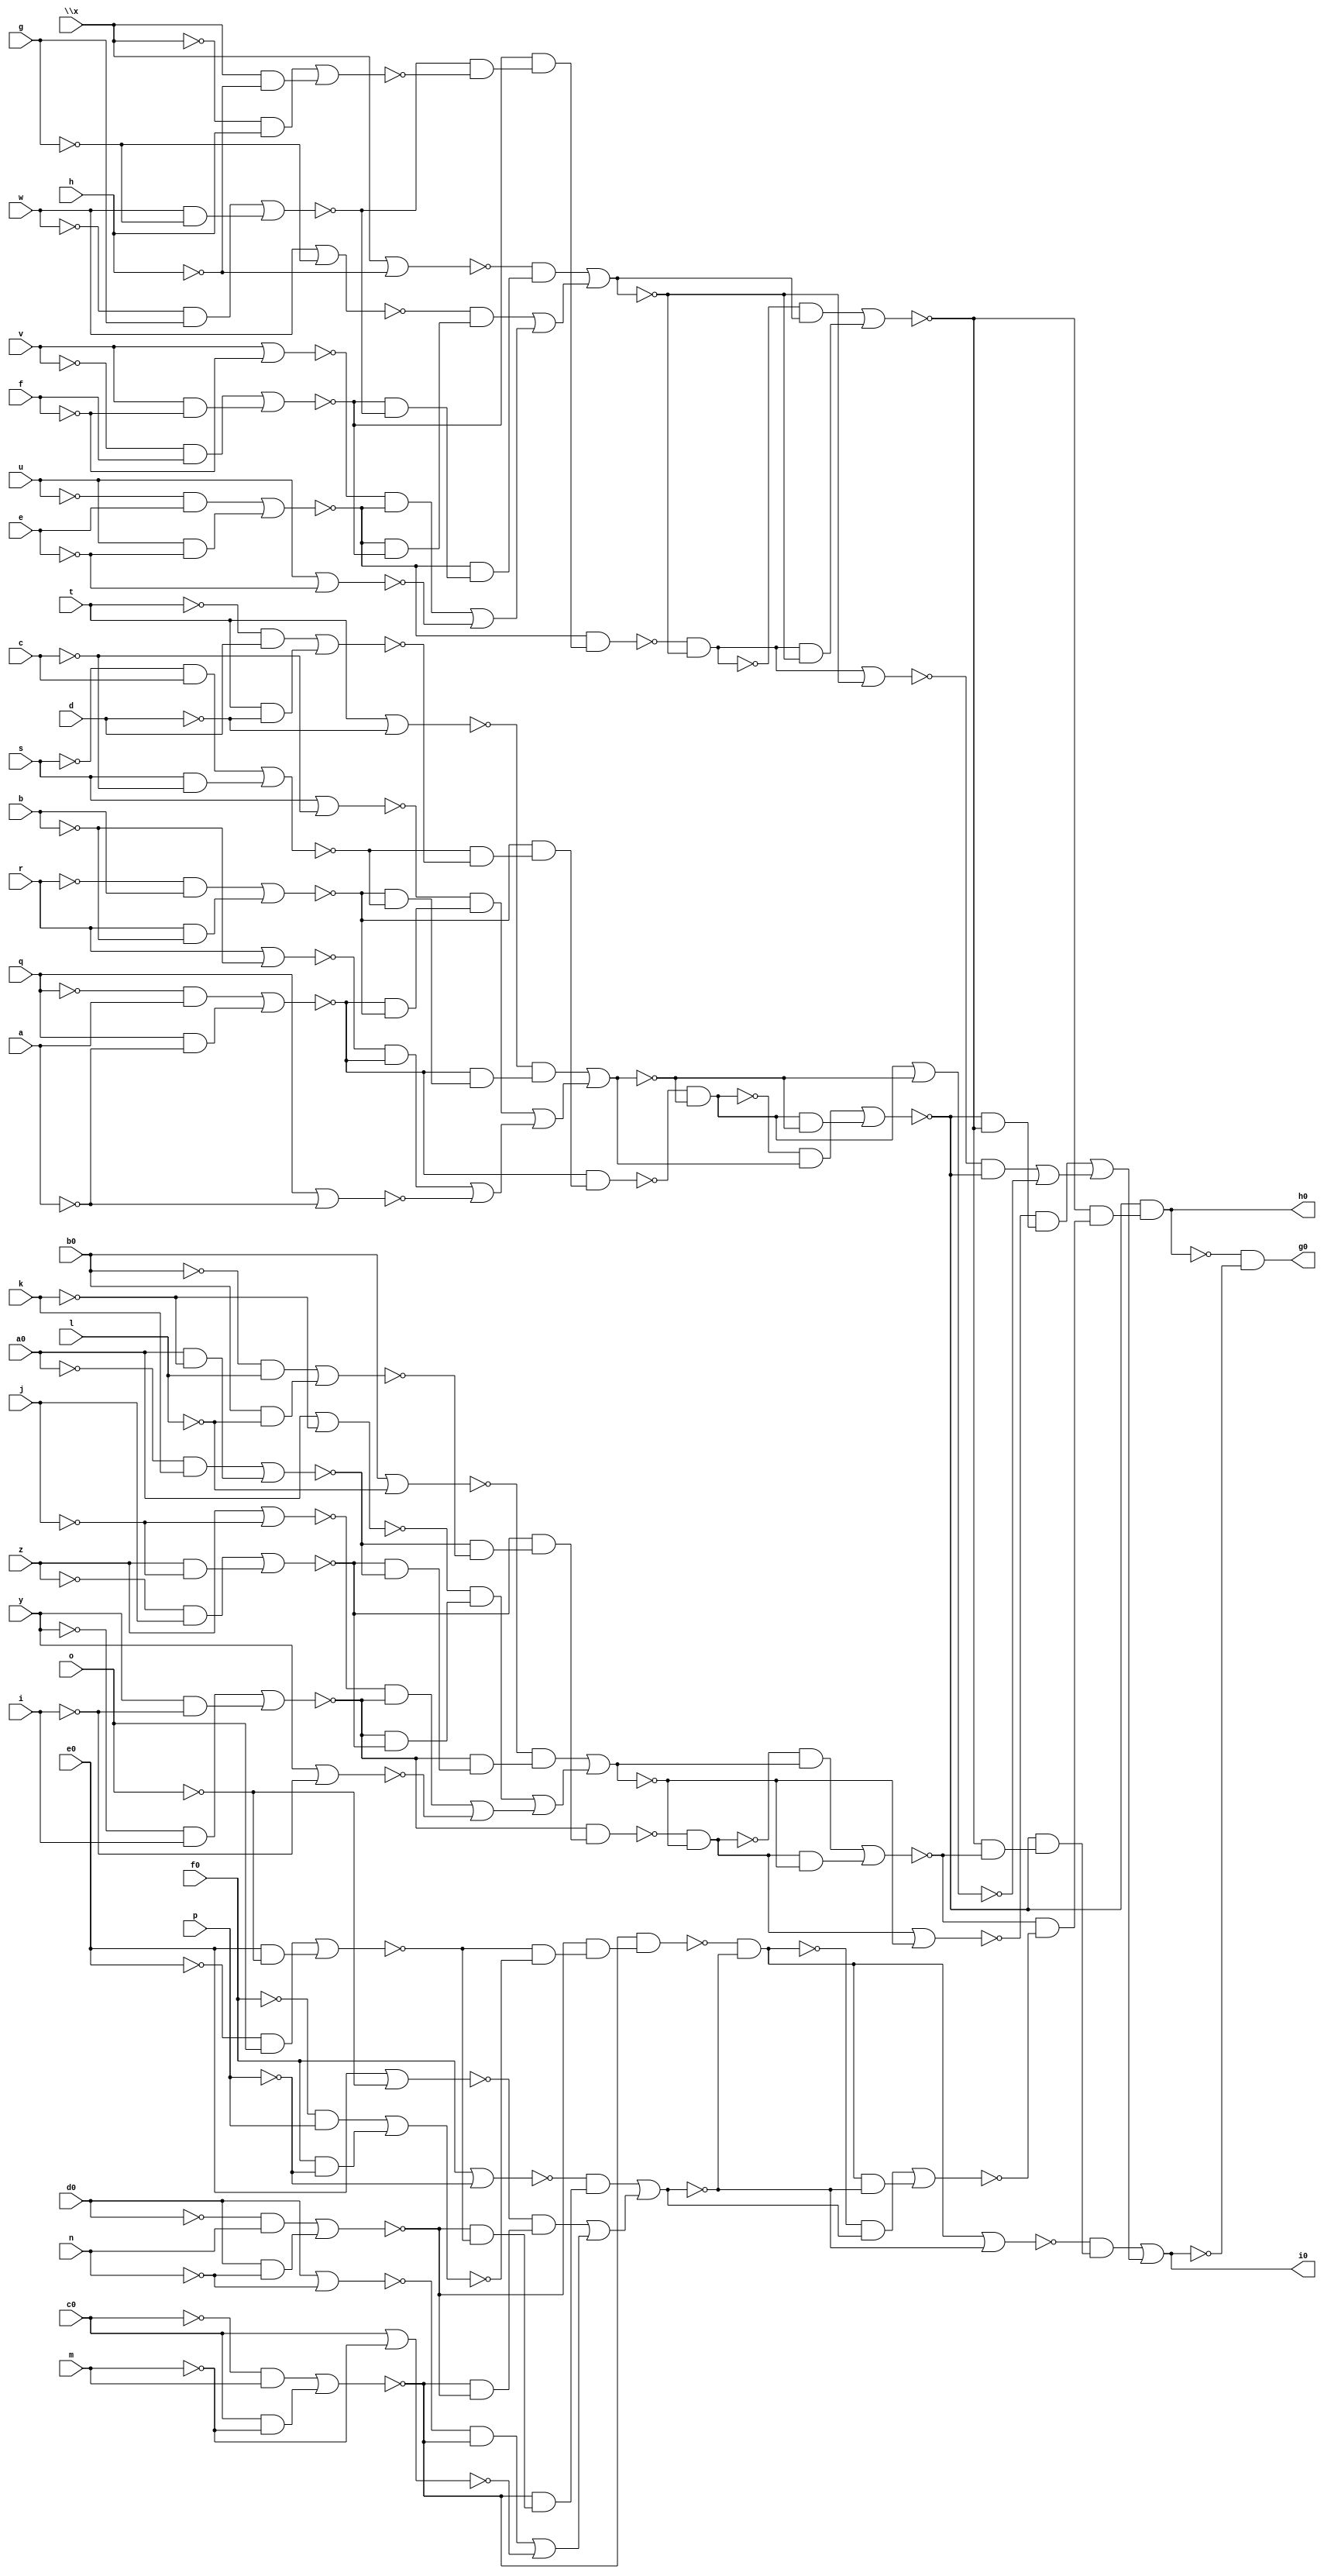
// IWLS benchmark module "comp" printed on Wed May 29 16:31:29 2002
module comp(a, b, c, d, e, f, g, h, i, j, k, l, m, n, o, p, q, r, s, t, u, v, w, \x , y, z, a0, b0, c0, d0, e0, f0, g0, h0, i0);
input
  a,
  b,
  c,
  d,
  e,
  f,
  g,
  h,
  i,
  j,
  k,
  l,
  m,
  n,
  o,
  p,
  q,
  r,
  s,
  t,
  u,
  v,
  w,
  \x ,
  y,
  z,
  a0,
  b0,
  c0,
  d0,
  e0,
  f0;
output
  g0,
  h0,
  i0;
wire
  k1,
  k2,
  l1,
  l2,
  m0,
  m1,
  m2,
  n1,
  n2,
  o0,
  o1,
  o2,
  p1,
  p2,
  \[0] ,
  q0,
  q1,
  q2,
  \[1] ,
  r1,
  r2,
  \[2] ,
  s0,
  s1,
  s2,
  u0,
  v0,
  w0,
  x0,
  x1,
  x2,
  y0,
  y1,
  y2,
  z0,
  z1,
  z2,
  a1,
  a2,
  a3,
  b1,
  b2,
  b3,
  c1,
  c2,
  c3,
  d1,
  d2,
  d3,
  e1,
  e2,
  e3,
  f1,
  f2,
  f3;
assign
  g0 = \[0] ,
  h0 = \[1] ,
  i0 = \[2] ,
  k1 = ~o1 & (~n1 & (~m1 & ~l1)),
  k2 = ~o2 & (~n2 & (~m2 & ~l2)),
  l1 = (~f0 & p) | (f0 & ~p),
  l2 = (~\x  & h) | (\x  & ~h),
  m0 = ~k1 & ~c1,
  m1 = (~e0 & o) | (e0 & ~o),
  m2 = (~w & g) | (w & ~g),
  n1 = (~d0 & n) | (d0 & ~n),
  n2 = (~v & f) | (v & ~f),
  o0 = ~x1 & ~d1,
  o1 = (~c0 & m) | (c0 & ~m),
  o2 = (~u & e) | (u & ~e),
  p1 = f0 | ~p,
  p2 = \x  | ~h,
  \[0]  = ~\[1]  & ~\[2] ,
  q0 = ~k2 & ~e1,
  q1 = e0 | ~o,
  q2 = w | ~g,
  \[1]  = ~x0 & (~w0 & (~v0 & ~u0)),
  r1 = d0 | ~n,
  r2 = v | ~f,
  \[2]  = (~y0 & (~x0 & (~w0 & ~v0))) | ((~z0 & (~x0 & ~w0)) | ((~a1 & ~x0) | ~b1)),
  s0 = ~x2 & ~f1,
  s1 = c0 | ~m,
  s2 = u | ~e,
  u0 = (~m0 & c1) | (m0 & ~c1),
  v0 = (~o0 & d1) | (o0 & ~d1),
  w0 = (~q0 & e1) | (q0 & ~e1),
  x0 = (~s0 & f1) | (s0 & ~f1),
  x1 = ~b2 & (~a2 & (~z1 & ~y1)),
  x2 = ~b3 & (~a3 & (~z2 & ~y2)),
  y0 = m0 | ~c1,
  y1 = (~b0 & l) | (b0 & ~l),
  y2 = (~t & d) | (t & ~d),
  z0 = o0 | ~d1,
  z1 = (~a0 & k) | (a0 & ~k),
  z2 = (~s & c) | (s & ~c),
  a1 = q0 | ~e1,
  a2 = (~z & j) | (z & ~j),
  a3 = (~r & b) | (r & ~b),
  b1 = s0 | ~f1,
  b2 = (~y & i) | (y & ~i),
  b3 = (~q & a) | (q & ~a),
  c1 = (~p1 & (~o1 & (~n1 & ~m1))) | ((~q1 & (~o1 & ~n1)) | ((~r1 & ~o1) | ~s1)),
  c2 = b0 | ~l,
  c3 = t | ~d,
  d1 = (~c2 & (~b2 & (~a2 & ~z1))) | ((~d2 & (~b2 & ~a2)) | ((~e2 & ~b2) | ~f2)),
  d2 = a0 | ~k,
  d3 = s | ~c,
  e1 = (~p2 & (~o2 & (~n2 & ~m2))) | ((~q2 & (~o2 & ~n2)) | ((~r2 & ~o2) | ~s2)),
  e2 = z | ~j,
  e3 = r | ~b,
  f1 = (~c3 & (~b3 & (~a3 & ~z2))) | ((~d3 & (~b3 & ~a3)) | ((~e3 & ~b3) | ~f3)),
  f2 = y | ~i,
  f3 = q | ~a;
endmodule